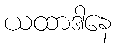
ယထာဒါနေ